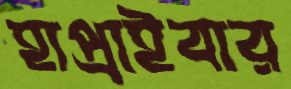
হাপ্‌রাইবার